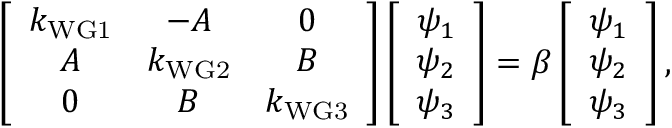
\left[ \begin{array} { c c c } { k _ { \mathrm { W G 1 } } } & { - A } & { 0 } \\ { A } & { k _ { \mathrm { W G 2 } } } & { B } \\ { 0 } & { B } & { k _ { \mathrm { W G 3 } } } \end{array} \right] \left[ \begin{array} { c c c } { \psi _ { 1 } } \\ { \psi _ { 2 } } \\ { \psi _ { 3 } } \end{array} \right] = \beta \left[ \begin{array} { c c c } { \psi _ { 1 } } \\ { \psi _ { 2 } } \\ { \psi _ { 3 } } \end{array} \right] ,